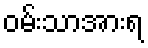
ဝမ်းသာအားရ